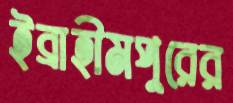
ইব্রাহীমপুরের